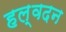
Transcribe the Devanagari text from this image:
हल्वदन